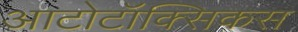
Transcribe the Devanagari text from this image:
आटोटॉक्सिकस